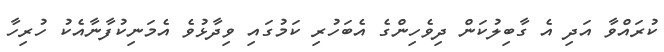
ކުރައްވާ އަދި އެ ގާބިލުކަން ދިވެހިންގެ އެބަހުރި ކަމުގައި ވިދާޅުވެ އެމަނިކުފާނާއެކު ހުރިހާ